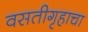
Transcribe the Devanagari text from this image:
वसतीगृहाचा